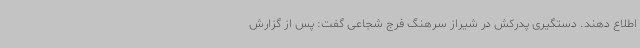
اطلاع دهند. دستگیری پدرکش در شیراز سرهنگ فرج شجاعی گفت: پس از گزارش